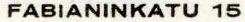
FABIANINKATU 15